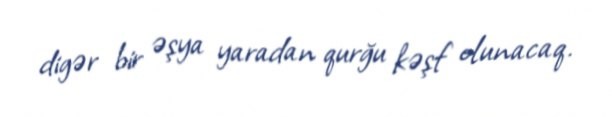
digər bir əşya yaradan qurğu kəşf olunacaq.